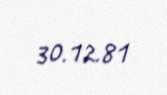
30.12.81